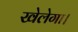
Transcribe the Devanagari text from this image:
खेलेगा।